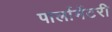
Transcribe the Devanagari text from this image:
पार्लामेंटरी